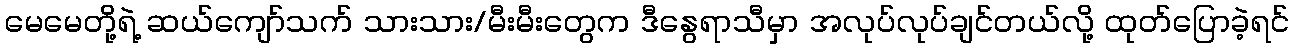
မေမေတို့ရဲ့ ဆယ်ကျော်သက် သားသား/မီးမီးတွေက ဒီနွေရာသီမှာ အလုပ်လုပ်ချင်တယ်လို့ ထုတ်ပြောခဲ့ရင်